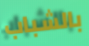
بالشباب